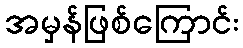
အမှန်ဖြစ်ကြောင်း